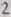
Text: 2